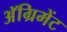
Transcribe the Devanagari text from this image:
अॅग्रिमेंट